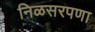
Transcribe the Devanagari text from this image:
निळसरपणा